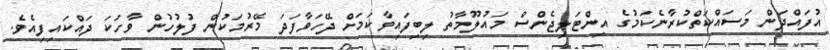
އުފައްދަން މަސައްކަތްކުރާނެކަމުގެ އިންޓަލިޖެންސް މައުލޫމާތު ލިބިފައިވާކަމަށް ދޭހަވާފަދަ މޭރުމަކުން ފުލުހުން ވާހަކަ ދައްކައިފިއެވެ.